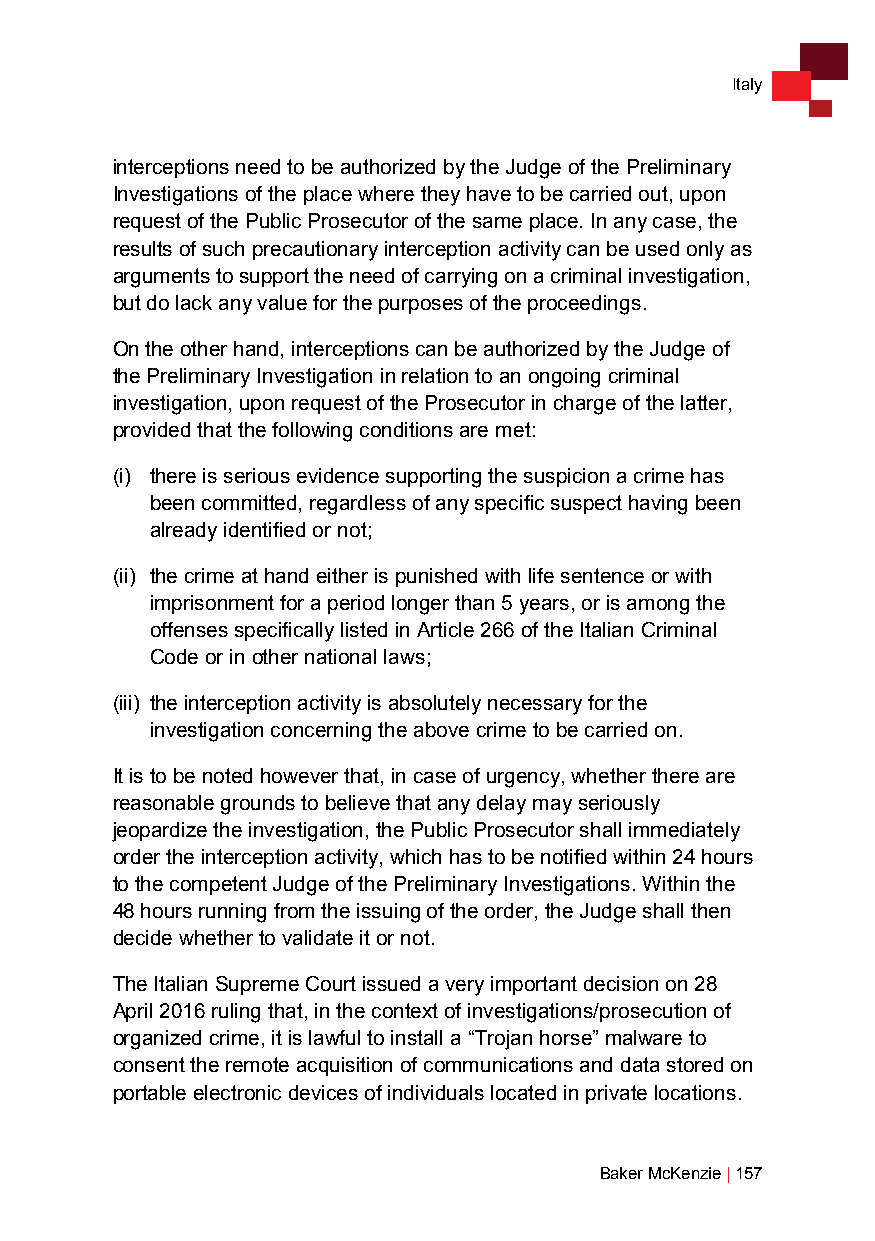
Italy
 interceptions need to be authorized by the Judge of the Preliminary
 Investigations of the place where they have to be carried out, upon
 request of the Public Prosecutor of the same place. In any case, the
 results of such precautionary interception activity can be used only as
 arguments to support the need of carrying on a criminal investigation,
 but do lack any value for the purposes of the proceedings.
 On the other hand, interceptions can be authorized by the Judge of
 the Preliminary Investigation in relation to an ongoing criminal
 investigation, upon request of the Prosecutor in charge of the latter,
 provided that the following conditions are met:
 (i) there is serious evidence supporting the suspicion a crime has
 been committed, regardless of any specific suspect having been
 already identified or not;
 (ii) the crime at hand either is punished with life sentence or with
 imprisonment for a period longer than 5 years, or is among the
 offenses specifically listed in Article 266 of the Italian Criminal
 Code or in other national laws;
 (iii) the interception activity is absolutely necessary for the
 investigation concerning the above crime to be carried on.
 It is to be noted however that, in case of urgency, whether there are
 reasonable grounds to believe that any delay may seriously
 jeopardize the investigation, the Public Prosecutor shall immediately
 order the interception activity, which has to be notified within 24 hours
 to the competent Judge of the Preliminary Investigations. Within the
 48 hours running from the issuing of the order, the Judge shall then
 decide whether to validate it or not.
 The Italian Supreme Court issued a very important decision on 28
 April 2016 ruling that, in the context of investigations/prosecution of
 organized crime, it is lawful to install a “Trojan horse” malware to
 consent the remote acquisition of communications and data stored on
 portable electronic devices of individuals located in private locations.
 Baker McKenzie | 157